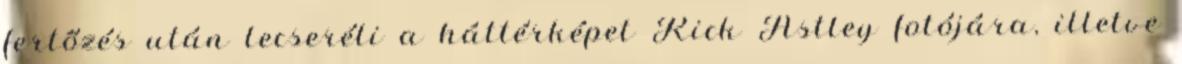
fertőzés után lecseréli a háttérképet Rick Astley fotójára, illetve